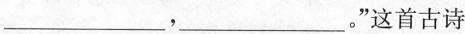
___,___.”这首古诗